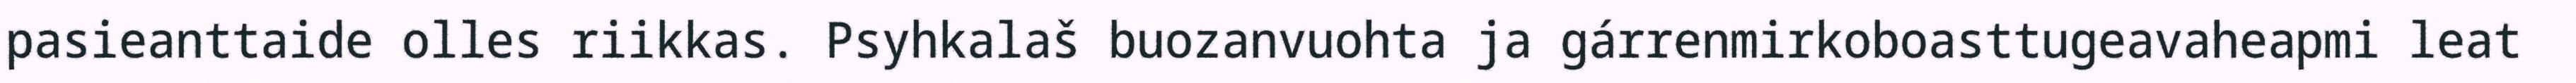
pasieanttaide olles riikkas. Psyhkalaš buozanvuohta ja gárrenmirkoboasttugeavaheapmi leat